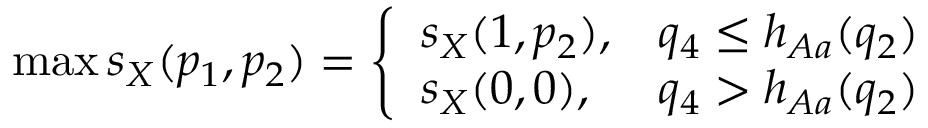
\operatorname* { m a x } s _ { X } ( p _ { 1 } , p _ { 2 } ) = \left\{ \begin{array} { l l } { s _ { X } ( 1 , p _ { 2 } ) , } & { q _ { 4 } \leq h _ { A a } ( q _ { 2 } ) } \\ { s _ { X } ( 0 , 0 ) , } & { q _ { 4 } > h _ { A a } ( q _ { 2 } ) } \end{array} \right.